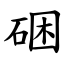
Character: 硱